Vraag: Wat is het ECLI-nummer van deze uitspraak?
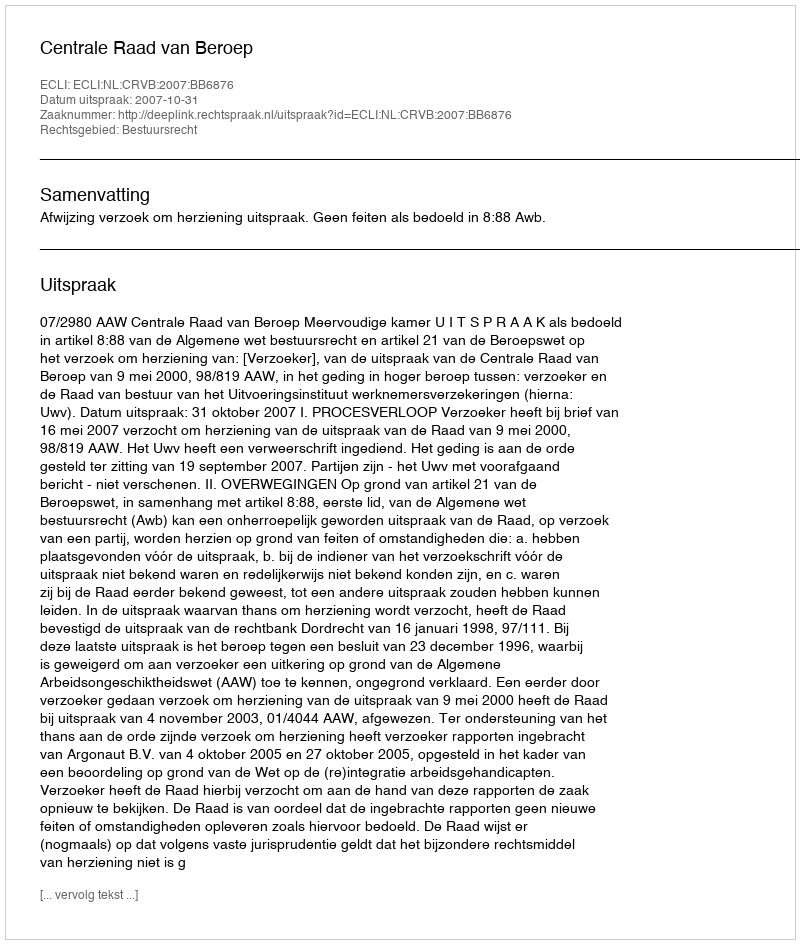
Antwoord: ECLI:NL:CRVB:2007:BB6876